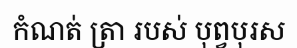
កំណត់ ត្រា របស់ បុព្វបុរស